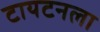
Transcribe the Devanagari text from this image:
टायटनला